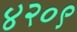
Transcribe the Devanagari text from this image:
४२०९